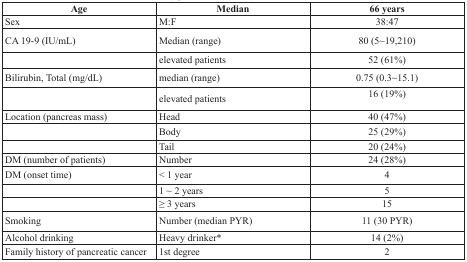
<table><thead><tr><td><b>Age</b></td><td><b>Median</b></td><td><b>66 years</b></td></tr></thead><tbody><tr><td>Sex</td><td>M:F</td><td>38:47</td></tr><tr><td>CA 19-9 (IU/mL)</td><td>Median (range)</td><td>80 (5∼19,210)</td></tr><tr><td></td><td>elevated patients</td><td>52 (61%)</td></tr><tr><td>Bilirubin, Total (mg/dL)</td><td>median (range)</td><td>0.75 (0.3∼15.1)</td></tr><tr><td></td><td>elevated patients</td><td>16 (19%)</td></tr><tr><td>Location (pancreas mass)</td><td>Head</td><td>40 (47%)</td></tr><tr><td></td><td>Body</td><td>25 (29%)</td></tr><tr><td></td><td>Tail</td><td>20 (24%)</td></tr><tr><td>DM (number of patients)</td><td>Number</td><td>24 (28%)</td></tr><tr><td>DM (onset time)</td><td>&lt; 1 year</td><td>4</td></tr><tr><td></td><td>1 ∼ 2 years</td><td>5</td></tr><tr><td></td><td>≥ 3 years</td><td>15</td></tr><tr><td>Smoking</td><td>Number (median PYR)</td><td>11 (30 PYR)</td></tr><tr><td>Alcohol drinking</td><td>Heavy drinker*</td><td>14 (2%)</td></tr><tr><td>Family history of pancreatic cancer</td><td>1st degree</td><td>2</td></tr></tbody></table>